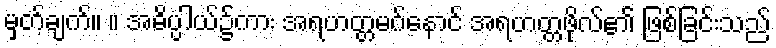
မှတ်ချက်။ ။ အဓိပ္ပါယ်၌ကား အရဟတ္တမဂ်နောင် အရဟတ္တဖိုလ်၏ ဖြစ်ခြင်းသည်